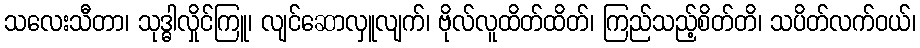
သလေးသီတာ၊ သုဒ္ဓါလှိုင်ကြူ၊ လျင်ဆောလှူလျက်၊ ဗိုလ်လူထိတ်ထိတ်၊ ကြည်သည့်စိတ်တိ၊ သပိတ်လက်ဝယ်၊